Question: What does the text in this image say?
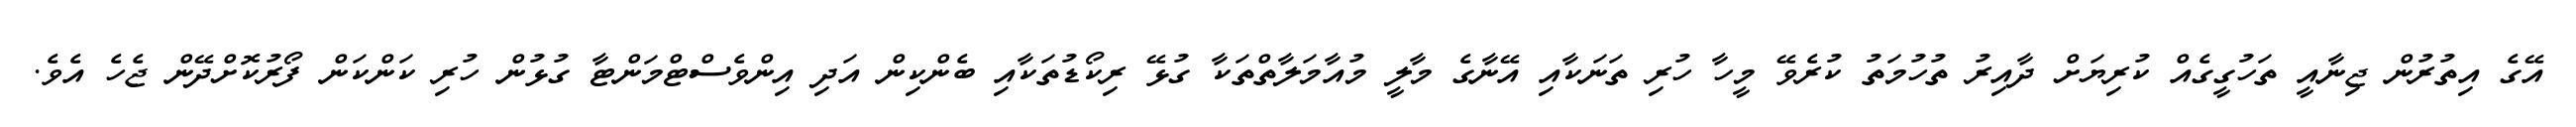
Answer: އޭގެ އިތުރުން ޖިނާއީ ތަހުގީގެއް ކުރިޔަށް ދާއިރު ތުހުމަތު ކުރެވޭ މީހާ ހުރި ތަނަކާއި އޭނާގެ މާލީ މުއާމަލާތްތަކާ ގުޅޭ ރިކޯޑުތަކާއި ބެންކިން އަދި އިންވެސްޓްމަންޓާ ގުޅުން ހުރި ކަންކަން ފޯރުކޮށްދޭން ޖެހެ އެވެ.